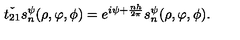
\check { t _ { 2 1 } } s _ { n } ^ { \psi } ( \rho , \varphi , \phi ) = e ^ { i \psi + \frac { n h } { 2 \pi } } s _ { n } ^ { \psi } ( \rho , \varphi , \phi ) .